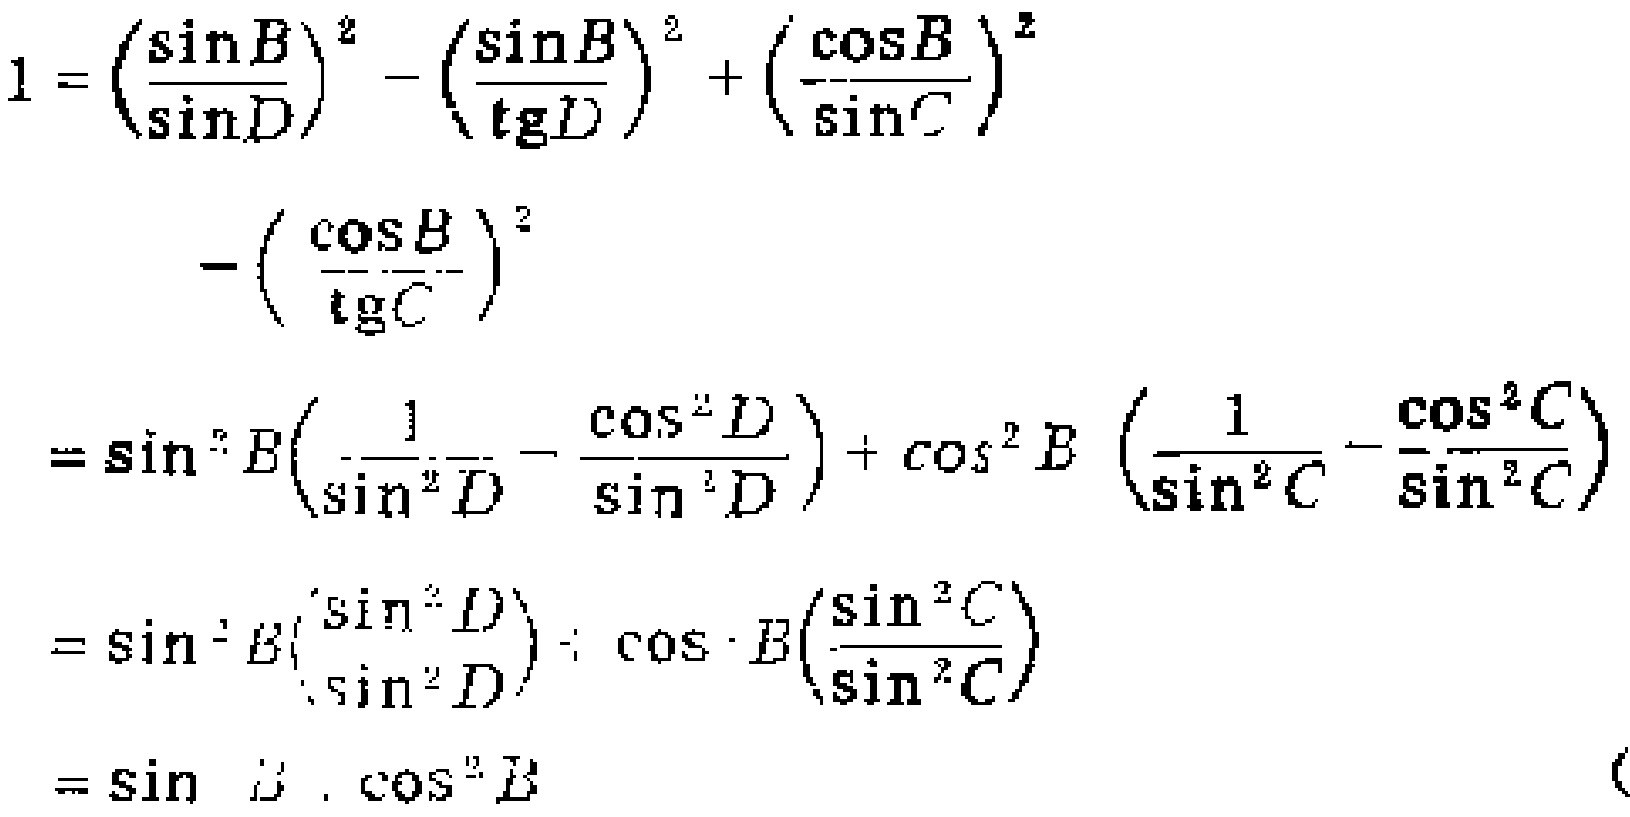
\[

\begin{align*}

1&=\left(\frac{\sin B}{\sin D}\right)^{2}-\left(\frac{\sin B}{\tg D}\right)^{2}+\left(\frac{\cos B}{\sin C}\right)^{2}-\left(\frac{\cos B}{\tg C}\right)^{2}\\

&=\sin^{2}B\left(\frac{1}{\sin^{2}D}-\frac{\cos^{2}D}{\sin^{2}D}\right)+\cos^{2}B\left(\frac{1}{\sin^{2}C}-\frac{\cos^{2}C}{\sin^{2}C}\right)\\

&=\sin^{2}B\left(\frac{\sin^{2}D}{\sin^{2}D}\right)+\cos^{2}B\left(\frac{\sin^{2}C}{\sin^{2}C}\right)\\

&=\sin^{2}B+\cos^{2}B

\end{align*}

\]